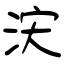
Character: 涋